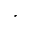
^ \ast